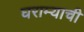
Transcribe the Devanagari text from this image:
घराम्याची